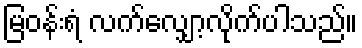
မြဝန်းရံ လက်လျှော့လိုက်ပါသည်။